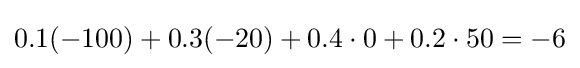
0.1(-100)+0.3(-20)+0.4\cdot 0+0.2\cdot 50=-6